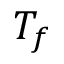
T _ { f }